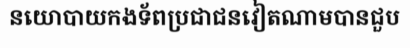
នយោបាយកងទ័ពប្រជាជនវៀតណាមបានជួប